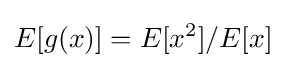
E[g(x)]=E[x^{2}]/E[x]